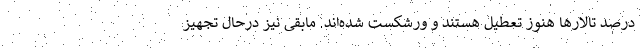
درصد تالارها هنوز تعطیل هستند و ورشکست شده‌اند. مابقی نیز درحال تجهیز